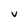
Character: V